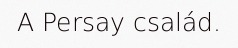
A Persay család.